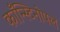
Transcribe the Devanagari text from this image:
काँन्स्टिनोपल